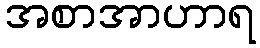
အစာအာဟာရ